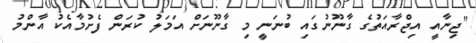
"ޖިނާއީ އިޖްރާއަތުގެ ގާނޫނުގައި ބުނަނީ މި ގާނޫނަށް އަމަލު ކުރަން ފެށުމާއެކު އާންމު